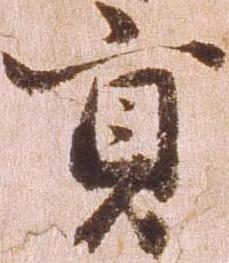
貢